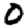
Digit: 0